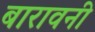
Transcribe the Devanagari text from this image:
बारावनी